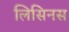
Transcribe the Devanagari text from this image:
लिसिनस